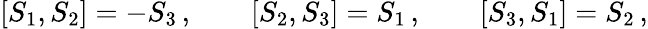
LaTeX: [S_{1},S_{2}]=-S_{3}\, ,\qquad[S_{2},S_{3}]=S_{1}\, ,\qquad[S_{3},S_{1}]=S_{2}\, ,